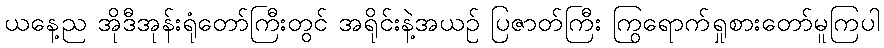
ယနေ့ည အိုဒီအုန်းရုံတော်ကြီးတွင် အရိုင်းနဲ့အယဉ် ပြဇာတ်ကြီး ကြွရောက်ရှုစားတော်မူကြပါ